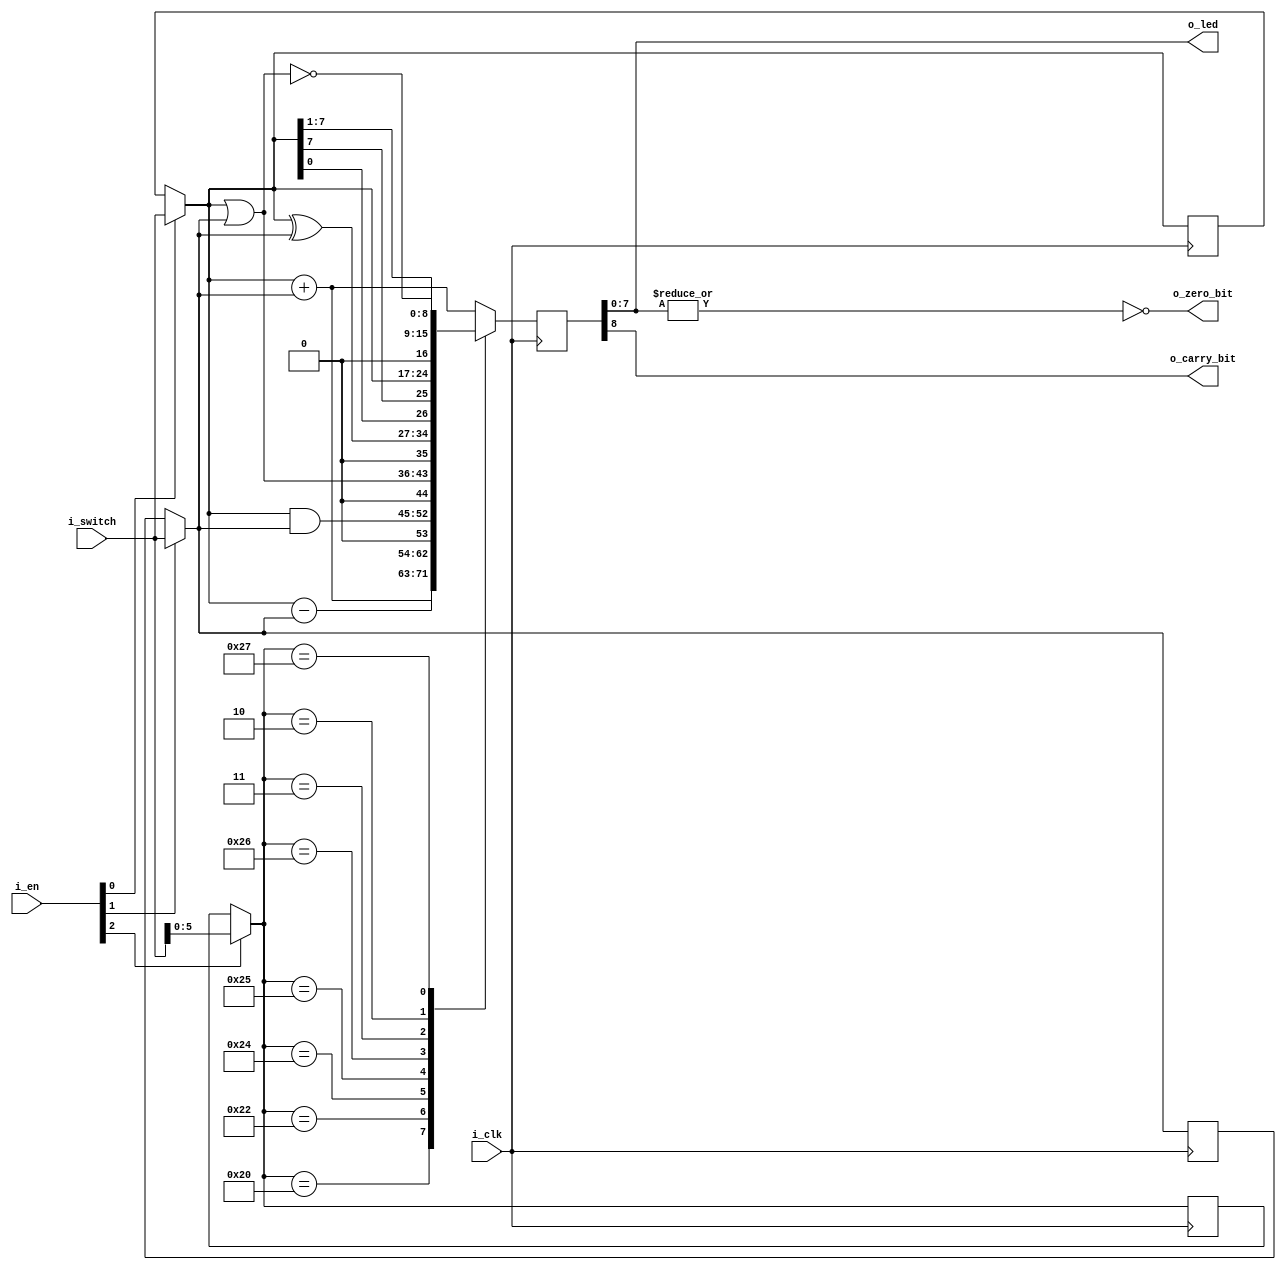
module alu#(
        parameter BUS_OP_SIZE = 6,
        parameter BUS_SIZE = 8,
        parameter BUS_BIT_ENABLE = 3
    )(
        input i_clk,
        input [BUS_BIT_ENABLE - 1 : 0] i_en,
        input [BUS_SIZE - 1 : 0] i_switch,
        output [BUS_SIZE - 1 : 0] o_led,
        output o_carry_bit,
        output o_zero_bit
    );
    localparam OP_ADD = 6'b100000;
    localparam OP_SUB = 6'b100010;
    localparam OP_AND = 6'b100100;
    localparam OP_OR = 6'b100101;
    localparam OP_XOR = 6'b100110;
    localparam OP_SRA = 6'b000011;
    localparam OP_SRL = 6'b000010;
    localparam OP_NOR = 6'b100111;

    reg [BUS_SIZE - 1 : 0] data_a; 
    reg [BUS_SIZE - 1 : 0] data_b; 
    reg [BUS_OP_SIZE - 1 : 0] data_operation; 

    reg[BUS_SIZE : 0] result; //tiene un bit extra para el carry
    assign o_led = result; //7:0
    assign o_carry_bit = result[BUS_SIZE];
    assign o_zero_bit = ~|o_led;
    
    always @(posedge i_clk)  
    begin
        data_a = i_en[0] == 1 ? i_switch : data_a;
        data_b = i_en[1] == 1 ? i_switch : data_b;
        data_operation = i_en[2] == 1 ? i_switch : data_operation;
            
        case(data_operation)
            OP_ADD: // Addition
                result = {1'b0, data_a} + {1'b0, data_b}; 
            OP_SUB: // Subtraction
                result = data_a - data_b ;
            OP_AND: //  Logical and 
                result = data_a & data_b;
            OP_OR: //  Logical or
                result = data_a | data_b;
            OP_XOR: //  Logical xor 
                result = data_a ^ data_b;
            OP_SRA: // SRA 
                result = {data_a[0], data_a[BUS_SIZE - 1], data_a[BUS_SIZE - 1 : 1]};
            OP_SRL: // SRL
                result = {data_a[0], data_a >> 1};
            OP_NOR: // Logical nor
                result = ~(data_a | data_b);
            default: result = data_a + data_b ; 
        endcase
    end
endmodule